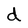
Character: d